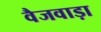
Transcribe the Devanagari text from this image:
वैजवाड़ा